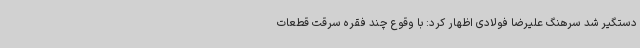
دستگیر شد سرهنگ علیرضا فولادی اظهار کرد: با وقوع چند فقره سرقت قطعات